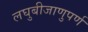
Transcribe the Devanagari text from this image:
लघुबीजाणुपर्ण